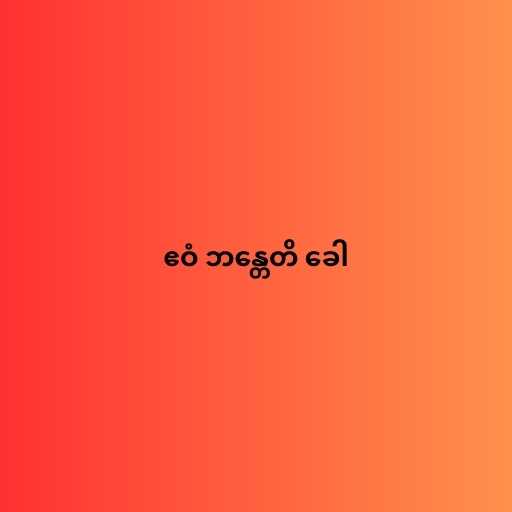
ဧဝံ ဘန္တေတိ ခေါ